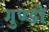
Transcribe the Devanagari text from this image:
गुण्डो